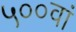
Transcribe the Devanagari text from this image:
५००वां